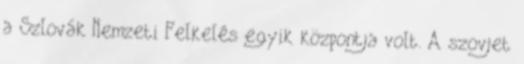
a Szlovák Nemzeti Felkelés egyik központja volt. A szovjet